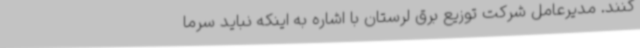
کنند. مدیرعامل شرکت توزیع برق لرستان با اشاره به اینکه نباید سرما